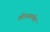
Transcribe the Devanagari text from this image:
कीअसमर्थता